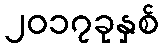
၂၀၁၇ခုနှစ်